Indian journal of veterinary science and animal husbandry - Volume 13,
Year: 1943
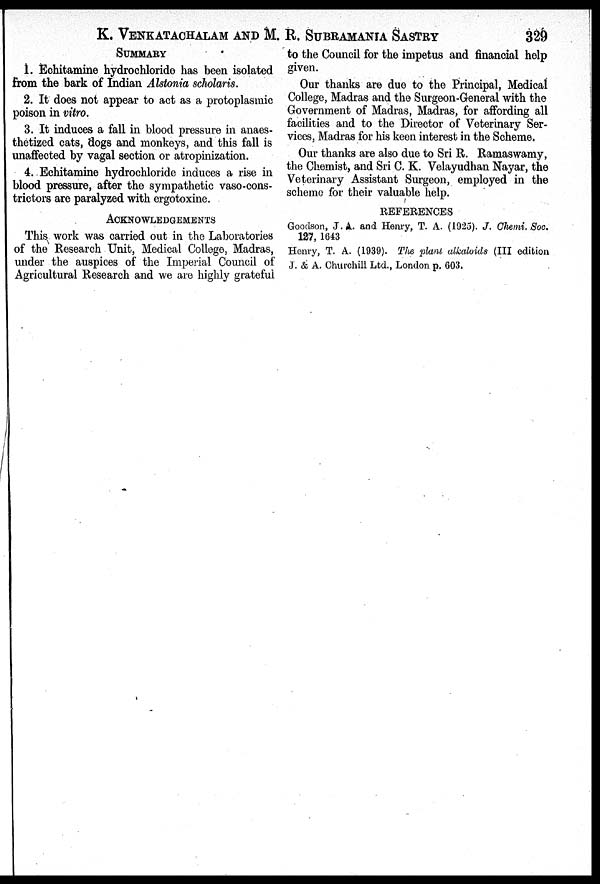
K. VENKATACHALAM AND M. R. SUBRAMANIA SASTRY 329
SUMMARY
1. Echitamine hydrochloride has been isolated
from the bark of Indian Alstonia scholaris.
2. It does not appear to act as a protoplasmic
poison in vitro.
3. It induces a fall in blood pressure in anaes-
thetized cats, dogs and monkeys, and this fall is
unaffected by vagal section or atropinization.
4. Echitamine hydrochloride induces a rise in
blood pressure, after the sympathetic vaso-cons-
trictors are paralyzed with ergotoxine.
ACKNOWLEDGEMENTS
This work was carried out in the Laboratories
of the Research Unit, Medical College, Madras,
under the auspices of the Imperial Council of
Agricultural Research and we are highly grateful
to the Council for the impetus and financial help
given.
Our thanks are due to the Principal, Medical
College, Madras and the Surgeon-General with the
Government of Madras, Madras, for affording all
facilities and to the Director of Veterinary Ser-
vices, Madras for his keen interest in the Scheme.
Our thanks are also due to Sri R. Ramaswamy,
the Chemist, and Sri C. K. Velayudhan Nayar, the
Veterinary Assistant Surgeon, employed in the
scheme for their valuable help.
REFERENCES
Goodson, J. A. and Henry, T. A. (1925). J. Chemi. Soc.
127, 1643
Henry, T. A. (1939). The plant alkaloids (III edition
J. & A. Churchill Ltd., London p. 603.